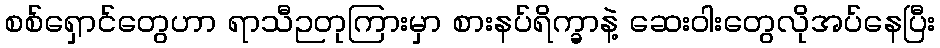
စစ်ရှောင်တွေဟာ ရာသီဉတုကြားမှာ စားနပ်ရိက္ခာနဲ့ ဆေးဝါးတွေလိုအပ်နေပြီး